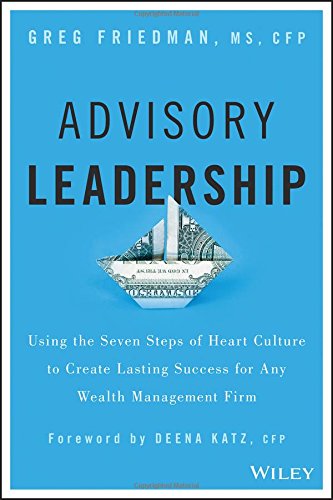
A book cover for Advisory Leadership: Using the Seven Steps of Heart Culture to Create Lasting Success for Any Wealth Management Firm; Greg Friedman; Business & Money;